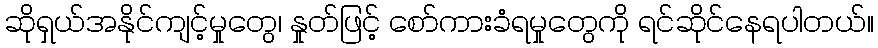
ဆိုရှယ်အနိုင်ကျင့်မှုတွေ၊ နှုတ်ဖြင့် စော်ကားခံရမှုတွေကို ရင်ဆိုင်နေရပါတယ်။